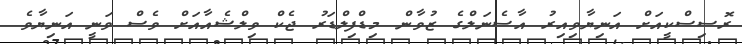
ރޮސިސްކީއަށް އަނިޔާވިއިރު އާސެނަލްގެ ޒުވާން މިޑްފިލްޑަރު ޖެކް ވިލްޝެއާއަށް ވެސް ވަނީ އަނިޔާވެ